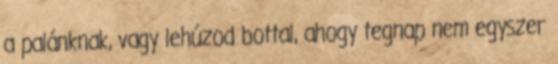
a palánknak, vagy lehúzod bottal, ahogy tegnap nem egyszer